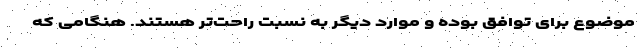
موضوع برای توافق بوده و موارد دیگر به نسبت راحت‌تر هستند. هنگامی که